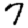
Digit: 7